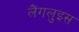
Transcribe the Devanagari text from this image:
लैंगलुइस